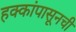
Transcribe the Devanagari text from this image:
हक्कांपासूनची